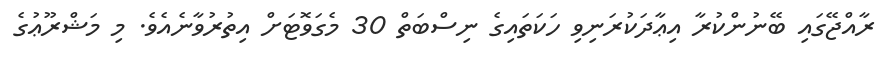
ރާއްޖޭގައި ބޭނުންކުރާ އިޢާދަކުރަނިވި ހަކަތައިގެ ނިސްބަތް 30 މެގަވޮޓަށް އިތުރުވާނެއެވެ. މި މަޝްރޫޢުގެ